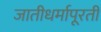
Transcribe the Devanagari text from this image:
जातीधर्मापूरती